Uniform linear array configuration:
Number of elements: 12
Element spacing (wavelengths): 0.5
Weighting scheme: hann
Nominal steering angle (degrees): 60
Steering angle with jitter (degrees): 60.974
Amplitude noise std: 0.05
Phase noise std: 0.05

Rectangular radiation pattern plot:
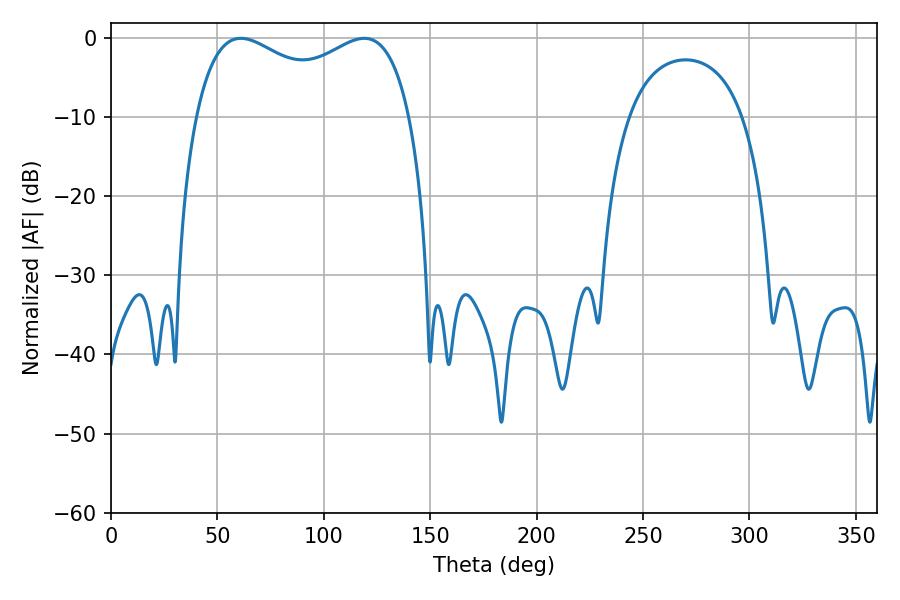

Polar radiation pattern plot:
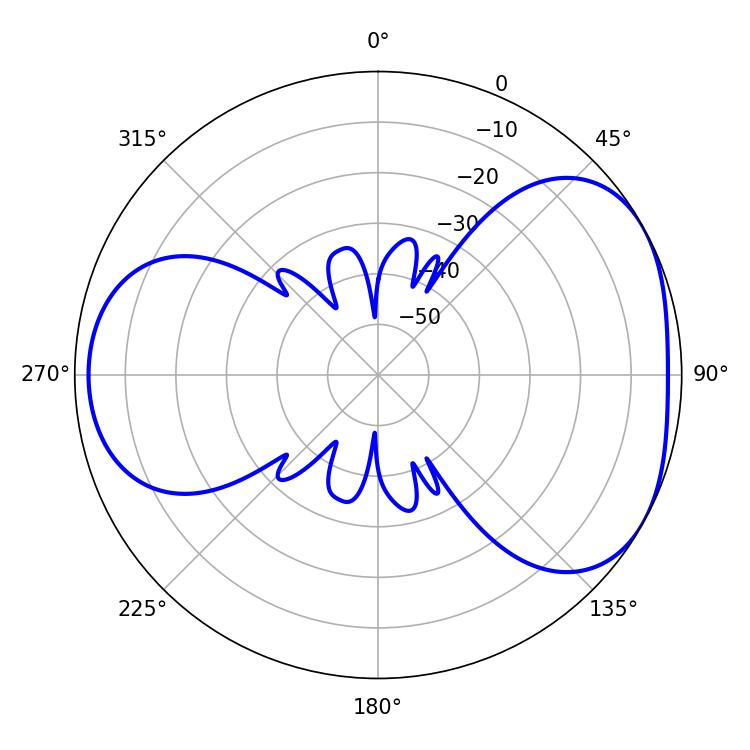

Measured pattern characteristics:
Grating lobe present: FALSE
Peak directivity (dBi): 4.359
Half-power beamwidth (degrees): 83.88
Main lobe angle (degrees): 61.02